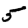
Digit: 5